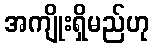
အကျိုးရှိမည်ဟု